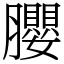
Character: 䑍